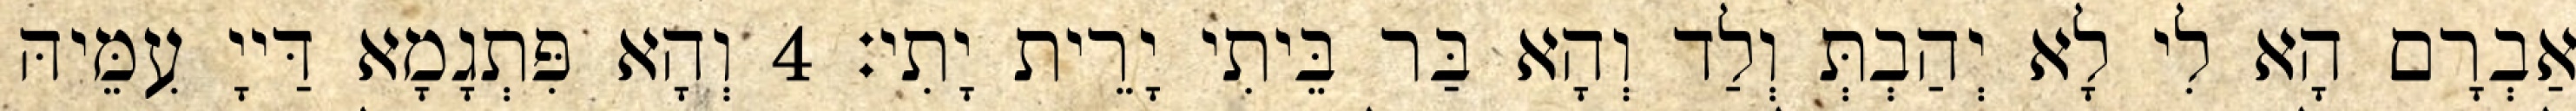
אַבְרָם הָא לִי לָא יְהַבְתְּ וְלַד וְהָא בַּר בֵּיתִי יָרֵית יָתִי׃ 4 וְהָא פִּתְגָמָא דַּייָ עִמֵּיהּ